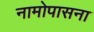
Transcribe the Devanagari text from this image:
नामोपासना